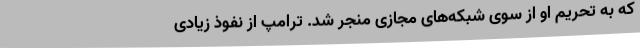
که به تحریم او از سوی شبکه‌های مجازی منجر شد. ترامپ از نفوذ زیادی